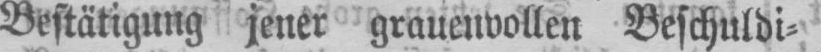
Bestätigung jener grauenvollen Beschuldi⸗